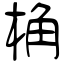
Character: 桷